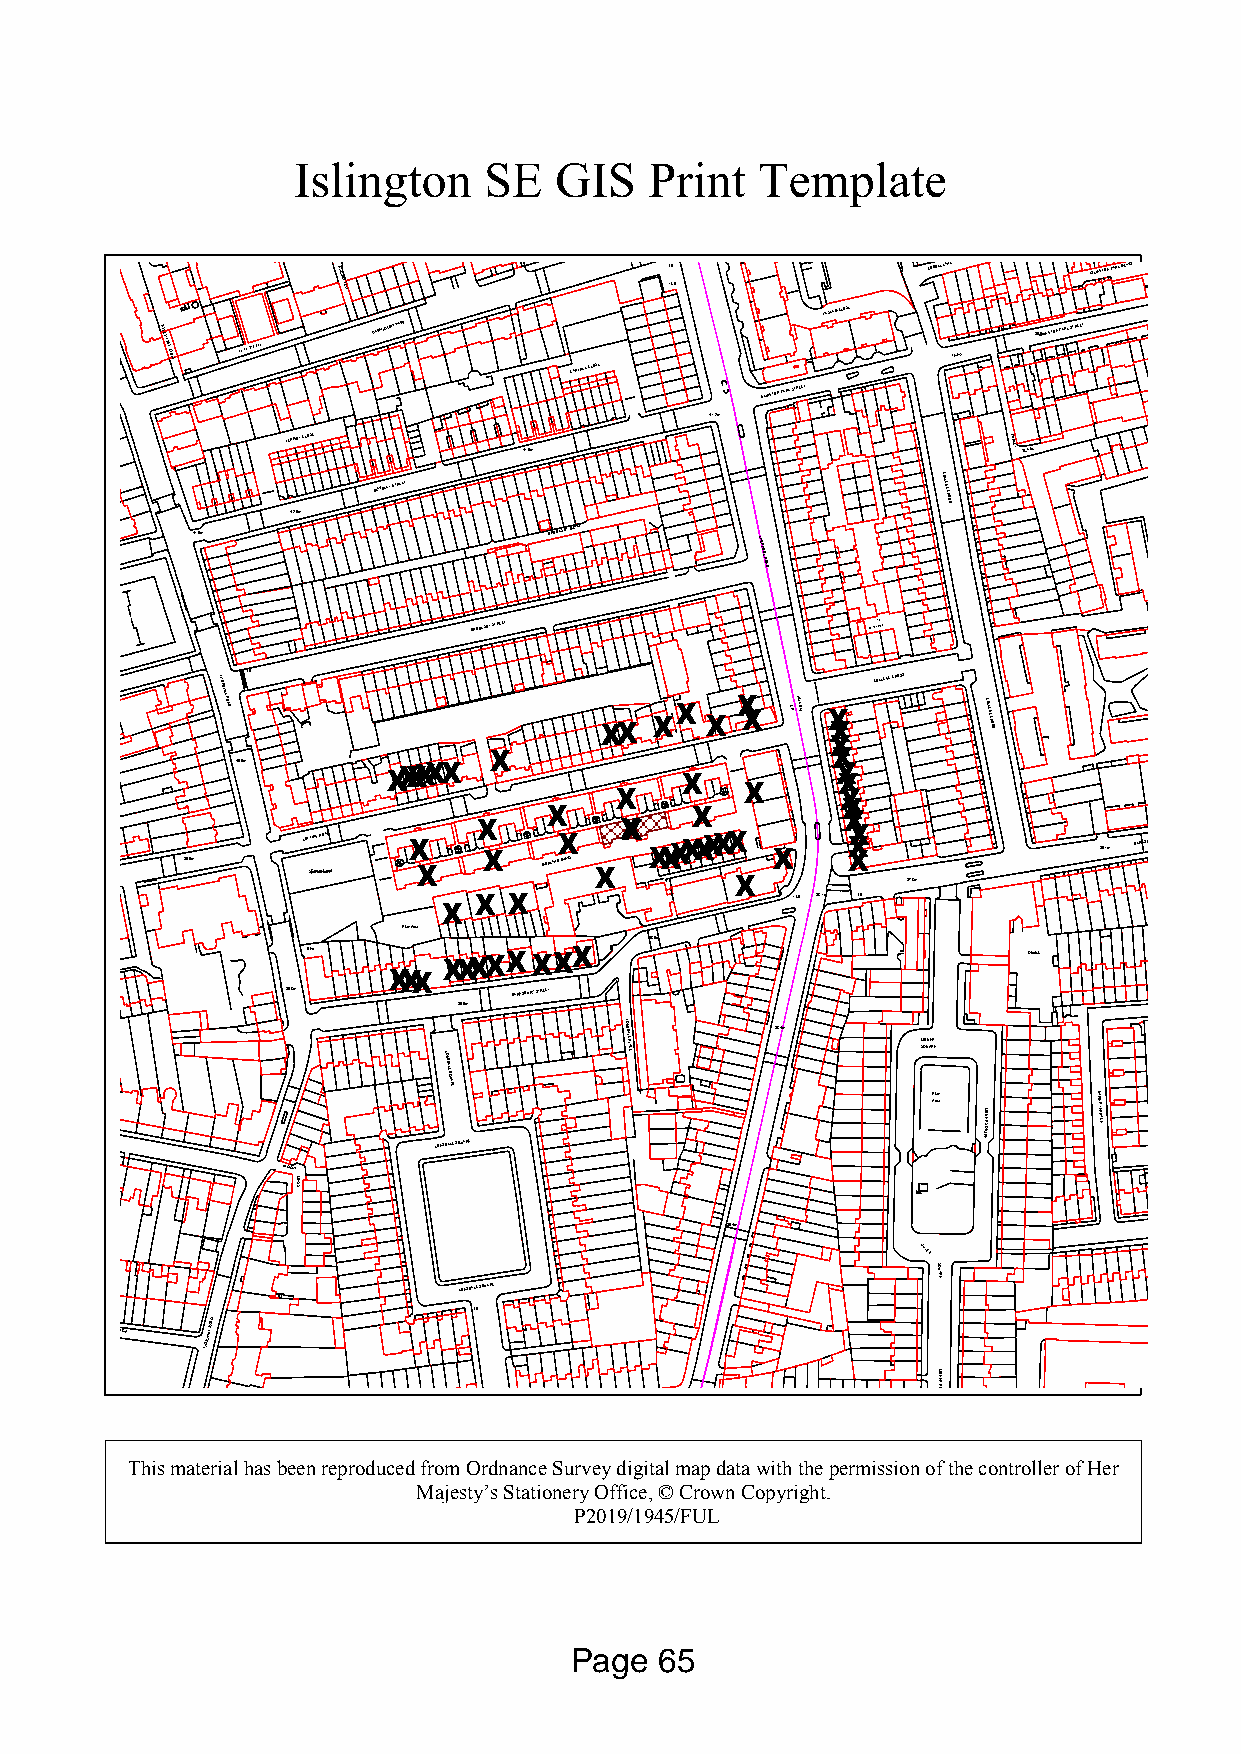
Islington    SE   GIS   Print  Template
 COBBLE LANE
 Augustas
 Lane
 L TB
 CB
 COBBLE LANE ISLINGTON PARK MEWS
 42.9m                                            HASLAM CLOSE            38.7m
 BEECH
 TREE CLOSE Turner Parade
 BARNSBURY PARK
 CARFREE CLOSE
 40.6m
 39.I6SmLINGTON PARK STREET
 ISLINGTON PARK STREET
 41.2m
 FERRIBY CLOSE
 41.6m
 PURLEYPLACE
 BEWDLEY STREET
 COLLEGE
 CROSS
 42.0m
 BARNSBURY SQUARE
 41.5m                  BROOKSBY MEWS LIVERPOOL
 ROAD
 D Fn                       BROOKSBY STREET           COLLEGEN EMWEWS    Posts
 BARNSBURY SQUARE
 THORNHILL
 ROAD
 LB
 XXXXXXX XXXXXXXXXX X X XX CRWard Bdy XXXX XX
 COLLEGE CROSS
 COLLEGE CROSS
 X
 XXXXXX                 XX
 40.5m     XXXXXXXXXXX
 XXXXXXXXXX
 XXX
 X
 XXXXXXXXXXX XXXXXXXXXXXXXXXXXXXXXXXXXX X
 XX
 XXXXXXXXXX XXXXX    XX
 39.5m
 LOF ST GpIN oarmG
 ts
 eR CsO oCA uoD
 rutrt
 XXXXXXXXXX
 XXXXX
 XXXXXXXXXXX
 XXXXX
 MORLANDXXXXX
 MEWS
 XXXXXXXXXXXXXXXXXXXXXXXXXXXXXXXXXXXXXXXXX XXXXXXXX
 X
 XXXXXXXXXXXX
 36.1m
 BARNSBURY STREET
 XXXXXXXXXXXXXXX 37.8m
 XXXX XXXX            TCB 38.1m LB
 XXXX
 Play Area
 38.5m
 D Fn     XXXXXXXXXXXXXXXXXXXXXXXXXX             Obelisk
 BRAYFIELD TERRACE      XXXXX
 39.8m          BARNSBURY STREET
 39.6m                                            WATERLOO
 RIPPLEVALE GROVE
 LONSLO DNSDALE
 A
 SQUARE
 LE SQUARE
 LONSDALE
 PLACE
 38.4m
 SM QIL UN AE R APR E
 rla ey
 a
 ERAUQS
 RENLIM
 NAPIER
 TERRACE
 BATTISHILL
 STREET
 ALBION
 MEWS
 39.4m
 MILNER
 LONSDALE SQUARE
 SQUARE
 LB
 MALVERN TERRACE THORNHILL
 ROAD
 Thornhill Road Garden
 MILNER
 PLACE
 Monument
 40.3m
 RICHMOND AVENUE
 GIBSON SQUARE
 This material has been reproduced from Ordnance Survey digital map data with the permission of the controller of Her
 Majesty’s Stationery Office, © Crown Copyright.
 P2019/1945/FUL
 Page  65